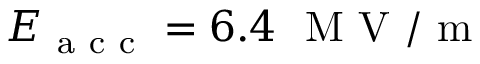
E _ { \mathrm { ~ a ~ c ~ c ~ } } = 6 . 4 \ \mathrm { ~ M ~ V ~ } / \mathrm { ~ m ~ }